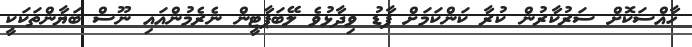
ހާއްސަކޮށް ސަރުކާރުން ކުރާ ކަންކަމަށް ފާޑު ވިދާޅުވެ ލޭބަޕާޓީން ނެރެމުންއައި ނޫސް ބަޔާންތަކަކީ